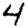
Digit: 4